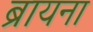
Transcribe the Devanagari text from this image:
ब्रायना